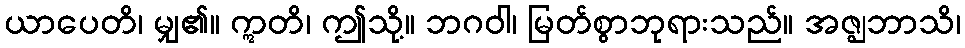
ယာပေတိ၊ မျှ၏။ ဣတိ၊ ဤသို့။ ဘဂဝါ၊ မြတ်စွာဘုရားသည်။ အဇ္ဈဘာသိ၊